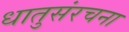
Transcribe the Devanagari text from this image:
धातुसंरचना